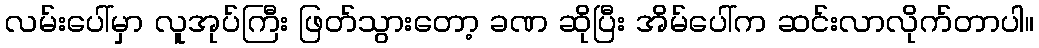
လမ်းပေါ်မှာ လူအုပ်ကြီး ဖြတ်သွားတော့ ခဏ ဆိုပြီး အိမ်ပေါ်က ဆင်းလာလိုက်တာပါ။